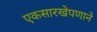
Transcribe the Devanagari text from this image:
एकसारखेपणाने